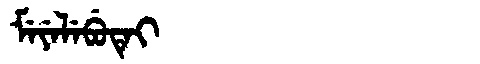
Manchu: ᠮᡝᠶᡝᠯᡝᠪᡠᡨᡝᡳ
Romanization: MEYELEBUTEI